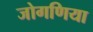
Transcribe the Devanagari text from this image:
जोगणिया